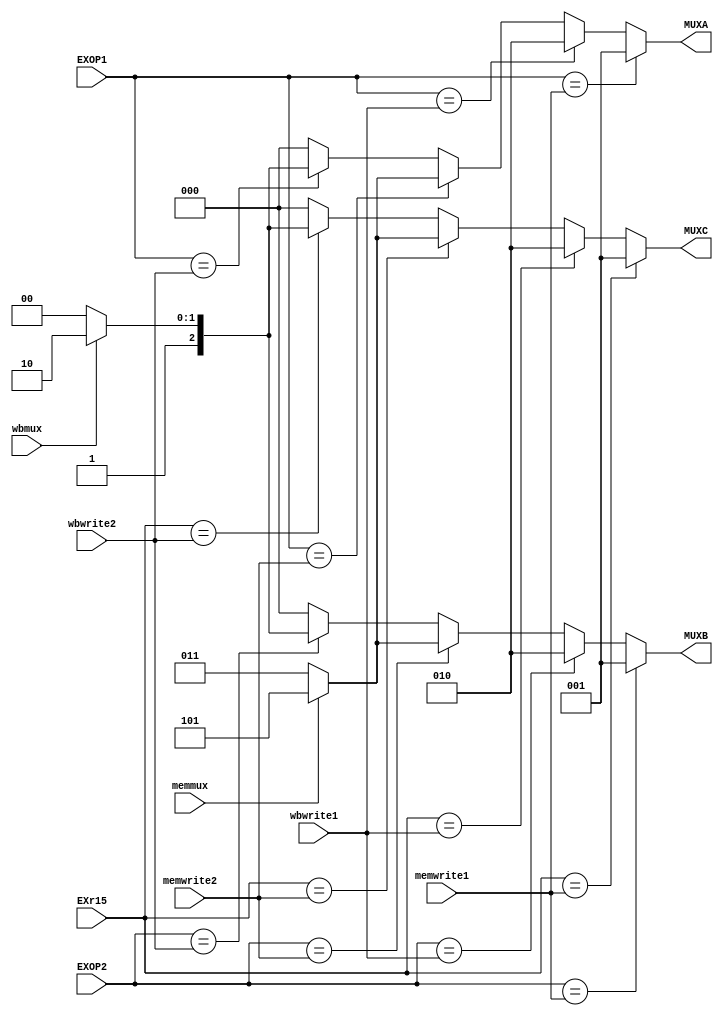
module regforward (input [3:0] 		EXr15, EXOP1, EXOP2, memwrite1,
									wbwrite1, memwrite2, wbwrite2,
					input			memmux, wbmux,
                   output reg [2:0] MUXA, MUXB, MUXC);
                   
always @ *
begin



//MUXA
if (EXOP1 == memwrite1) MUXA = 3'b001;
else if (EXOP1 == wbwrite1) MUXA = 3'b010;
else if (EXOP1 == memwrite2)
	begin
	  if(memmux) MUXA = 3'b101;
	  else MUXA = 3'b011;
	end
else if (EXOP1 == wbwrite2)
	begin
	  if(wbmux) MUXA = 3'b110;
	  else MUXA = 3'b100;
	end
else MUXA = 0;



//MUXB
if (EXOP2 == memwrite1) MUXB = 3'b001;
else if (EXOP2 == wbwrite1) MUXB = 3'b010;
else if (EXOP2 == memwrite2)
	begin
	  if(memmux) MUXB = 3'b101;
	  else MUXB = 3'b011;
	end
else if (EXOP2 == wbwrite2)
	begin
	  if(wbmux) MUXB = 3'b110;
	  else MUXB = 3'b100;
	end
else MUXB = 0;



//MUXC
if (EXr15 == memwrite1) MUXC = 3'b001;
else if (EXr15 == wbwrite1) MUXC = 3'b010;
else if (EXr15 == memwrite2)
	begin
	  if(memmux) MUXC = 3'b101;
	  else MUXC = 3'b011;
	end
else if (EXr15 == wbwrite2)
	begin
	  if(wbmux) MUXC = 3'b110;
	  else MUXC = 3'b100;
	end
else MUXC = 0;



end
endmodule